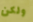
ولكن